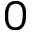
0